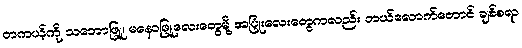
တကယ့်ကို သဘောဖြူ၊ မနောဖြူလေးတွေမို့ အပြုံးလေးတွေကလည်း ဘယ်လောက်တောင် ချစ်စရာ